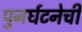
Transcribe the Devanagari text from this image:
पुनर्घटनेची